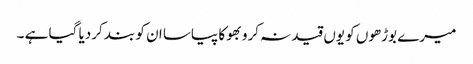
میرے بوڑھوں کو یوں قید نہ کرو بھوکا پیاسا ان کو بند کردیا گیا ہے ۔